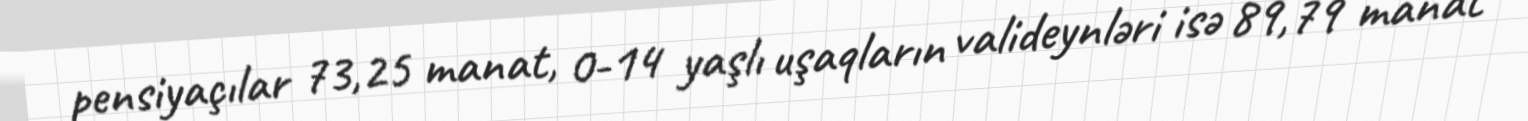
pensiyaçılar 73,25 manat, 0-14 yaşlı uşaqların valideynləri isə 89,79 manat